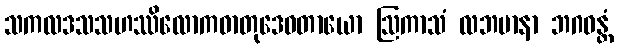
သကလဒသသဟဿိလောကဓာတုဒေဝတာယော ဩကာသံ လဘမာနာ ဘဂဝန္တံ